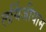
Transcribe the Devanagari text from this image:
लर्यिजीयाम